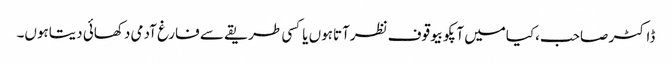
ڈاکٹر صاحب،کیامیں آپکوبیوقوف نظرآتاہوں یاکسی طریقے سے فارغ آدمی دکھائی دیتاہوں۔